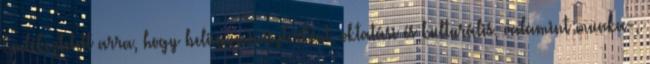
Emlékeztetett arra, hogy belügyminiszterként, oktatási és kulturális, valamint munka-,